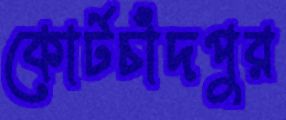
কোর্টচাঁদপুর